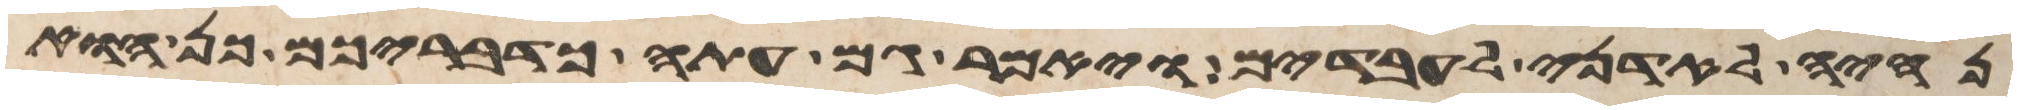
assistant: נהיה לאדני לעבדים ויאמר גם עתה כדבריכם כן הוא